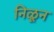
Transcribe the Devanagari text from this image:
निळून